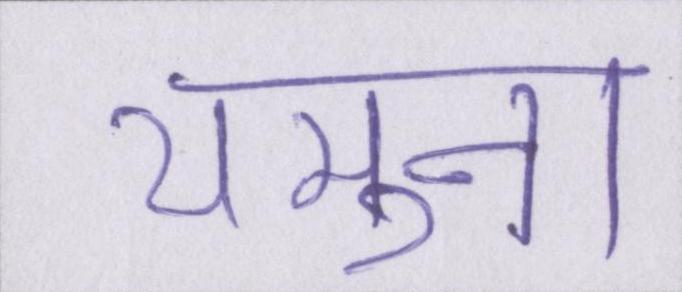
यमुना